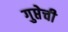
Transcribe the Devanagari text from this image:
गुप्तेची